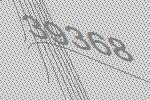
39368